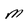
Character: M